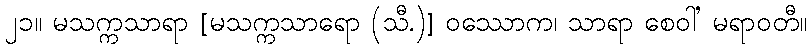
၂၁။ မသက္ကသာရာ [မသက္ကသာရော (သီ.)] ဝဿောက၊ သာရာ စေဝါ’ မရာဝတီ။